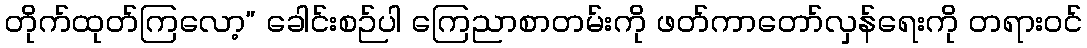
တိုက်ထုတ်ကြလော့” ခေါင်းစဉ်ပါ ကြေညာစာတမ်းကို ဖတ်ကာတော်လှန်ရေးကို တရားဝင်